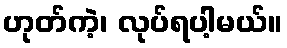
ဟုတ်ကဲ့၊ လုပ်ရပါ့မယ်။